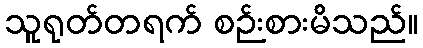
သူရုတ်တရက် စဉ်းစားမိသည်။